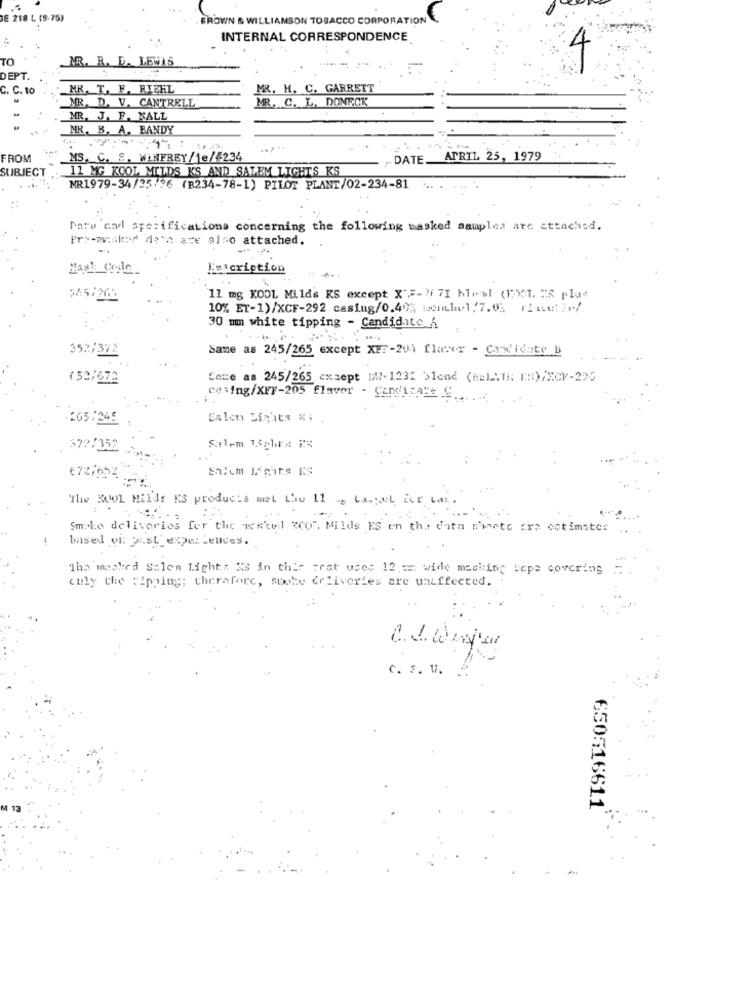
BE 218 L (9-75)
BROWN & WILLIAMSON TOBACCO CORPORATION
INTERNAL CORRESPONDENCE
.
TO
MR. R. D. LEWIS
DEPT.
C. C. to
MR. T. F. RIEHL
MR. H. C. GARRETT
MR. D. V. CANTRELL
MR. C. L. DONECK
MR. J. F. NALL
MK. B. A. BANDY
4h :
FROM
MOS. G. S. WINFREY/De/ 234
„DATE.
APRIL 25, 1979
SUBJECT
11 MG KOOL MILDS KS AND SALEM LIGHTS KS
MR1979-34/25/36 (R234-78-1) PILOT PLANT/02-234-81
Date and specifications concerning the following masked samples are attached.
Pro-miskad data are also attached.
Hash Code
Leacription
$45/200
11 mg KOOL Mild's RS except X" =- 1 7I hosl (EXT. ES plus
10% ET-1)/XCF-292 casing/0.40%; wentle1,7.03 riquet;r/
30 mm white tipping - Candidate
352/372
Same as 245/265 except XFF-201 flawx - Candidate B
(52/672
Care as 245/265 cxsept DW-1232 blend (hel Ali: [R)/XCV-200
ce :ing/XFY-205 flavor - CENU15ABC ......
265/249
Salen Lights &; .
372/352
Salem Táchira ES
Eniem Lights KS
The SOUL Milds KS products met the 11 - La-gel ice bar.
Smoke deliveries for the restel 200". Milds ES on the data starte ara estimates
based vi: just expe Felices.
The masked Salon Light: 38 in this Fest uses 12 == wide masking bepe covering
only the tipping; therefore, shoote deliveries are uneffected.
C. 1. Winter
c. F. V.
650516611